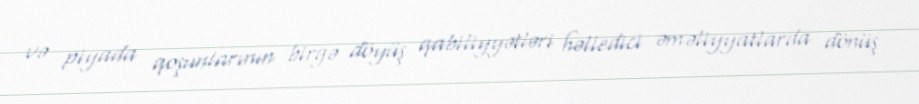
və piyada qoşunlarının birgə döyüş qabiliyyətləri həlledici əməliyyatlarda dönüş